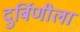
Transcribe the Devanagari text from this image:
दुर्बिणीला